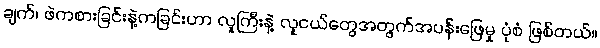
ချက်၊ ဖဲကစားခြင်းနဲ့ကခြင်းဟာ လူကြီးနဲ့ လူငယ်တွေအတွက်အပန်းဖြေမှု ပုံစံ ဖြစ်တယ်။